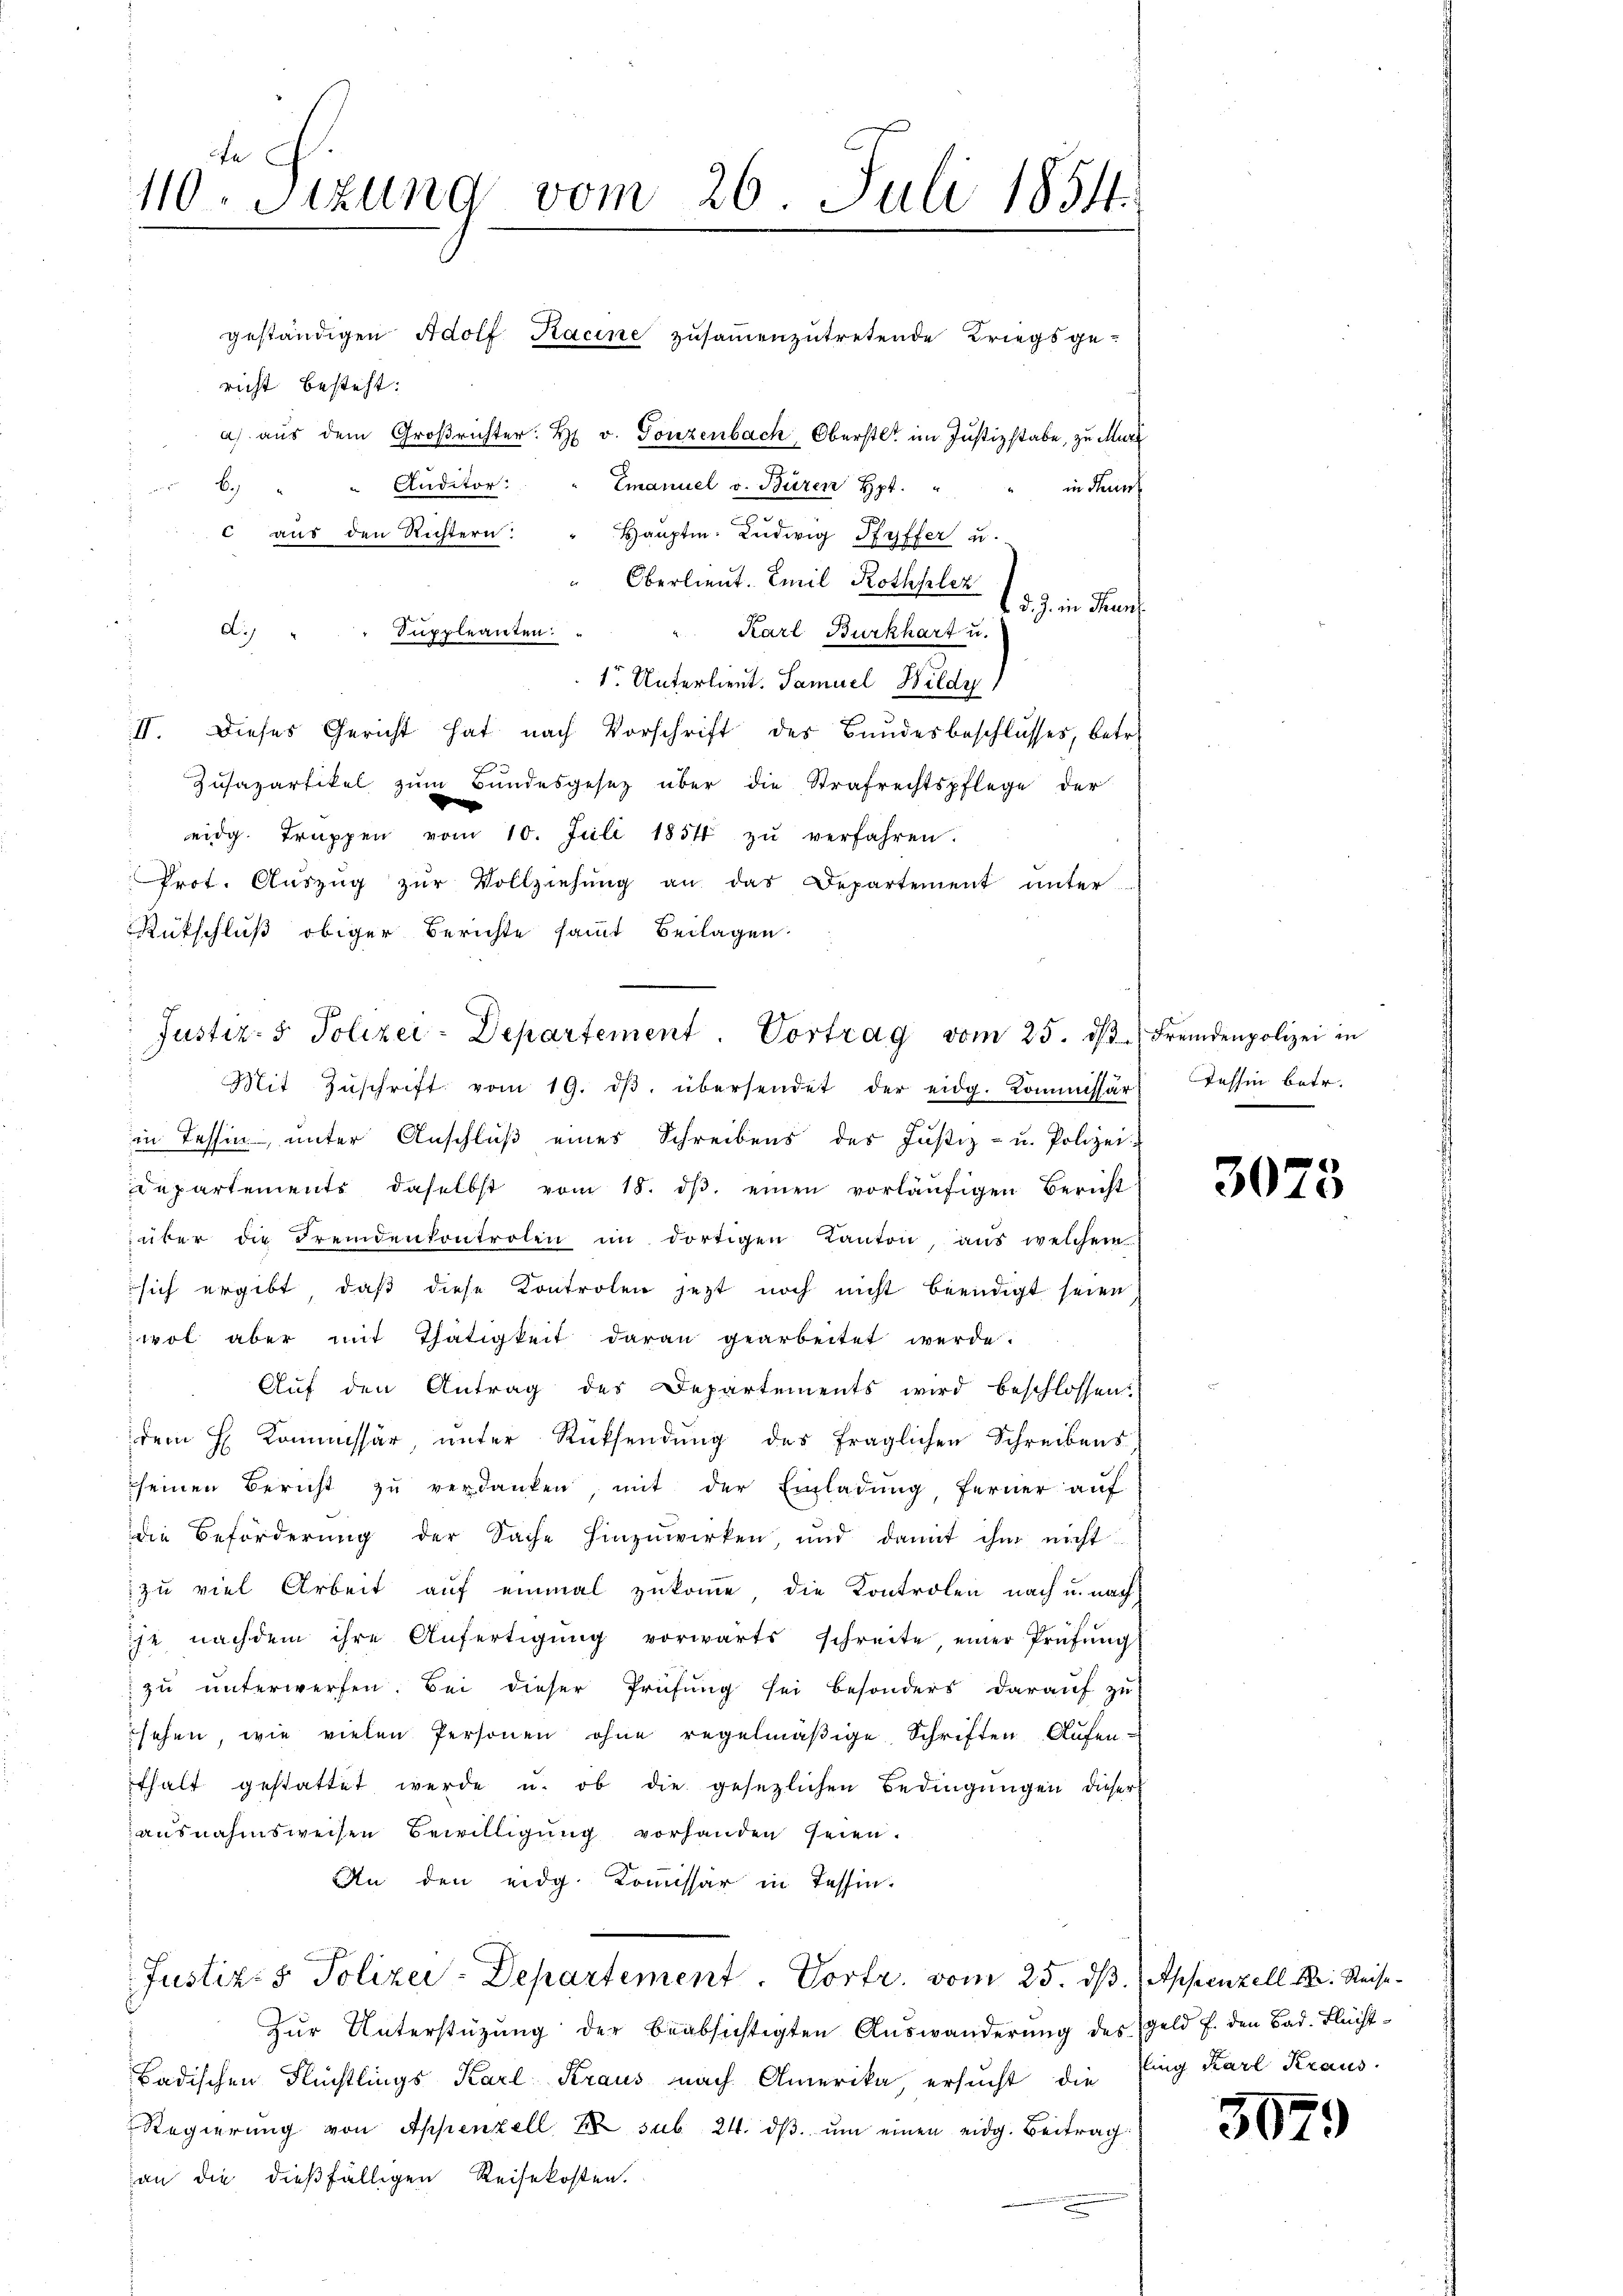
110. Sitzung vom 26. Juli 1854.

richt besteht:
Auditor:
b
c aus den Richtern

Oberlieut. Emil Rothplez
3 J. in Fran
Karl Burkhart u.
1r Unterlieut. Samuel Wildy)
Zusazartikel zum Bundesgesez über die Strafrechtspflege der
eidg. Truppen vom 10. Juli 1854 zŭ verfahren.
Prot. Aŭszŭg zŭr Vollziehŭng an das Departement unter-
Rütschluß obiger Berichte sammt Beilagen
in Tessin, unter Anschluß eines Schreibens des Justiz- u. Polizei
departemente daselbst vom 18. dβ einen vorläŭfigen Bericht
iüber die Fremdenkontrolen im dortigen Kanton, aus welchem
 sich ergibt, daß diese Kontrolen jetzt noch nicht beendigt seien
wol aber mit Thätigkeit daran gearbeitet werde.
Auf den Antrag des Departements wird beschlossen:
dem H. Kommissär, ŭnter Rücksendŭng des fraglichen Schreibens,
seinen Bericht zŭ verdanken, mit der Einladŭng, ferner auf
die Beförderung der Sache hinzuwirken, und damit ihm nicht
zu viel Arbeit auf einmal zukomme, die Kontrolen nach u. nach
ihe nachdem ihre Anfertigŭng vorwärts schreite einer Prüfŭng
zŭ ŭnterwerfen. Bei dieser Prüfŭng sei besonders daraŭf zŭ
sehen, wie vielen Personen ohne regelmäßige Schriften Aufenthalt gestattet werde u. ob die gesetzlichen Bedingungen dieser
ausnahmsweisen Bewilligung vorhanden seien.
An den eidg. Kommissär in Tessin.

geständigen Adolf Kacine zusammenzutretende Kriegsge¬

A. " " Suppleanten: "
II. Dieses Gericht hat nach Vorschrift des Bundesbeschlusses, betr.

a) aus dem Großrichter. H. v. Gonzenbach, Oberst im Justizstabe, zu Murt
Emanuel v. Büren Hpt."
in Neun
Hauptm. Ludwig Pfyffer u.

Justiz- & Polizei-Departement. Vortrag vom 25. dβ. Fremdenpolizei in
Mit Zŭschrift vom 19. dβ übersendet der eidg. Kommissär Tessin betr.

Justiz- & Polizei-Departement. Vortr. vom 25. ds. Appenzell M. Reise¬

Zur Unterstützung der beabsichtigten Auswanderung des Geld f. den Bad. Flücht¬
Badischen Flüchtlings Karl Kraus nach Amerika, ersucht die Eing Karl Kraus.
Regierung von Appenzell Er sub. 24. dβ. um einen eidg. Beitrag:
an die dießfälligen Reisekosten.

3073

307.